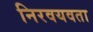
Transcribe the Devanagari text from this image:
निरवयवता